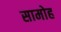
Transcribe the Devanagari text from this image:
सामोह